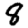
Digit: 8